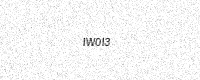
Text: IW0I3